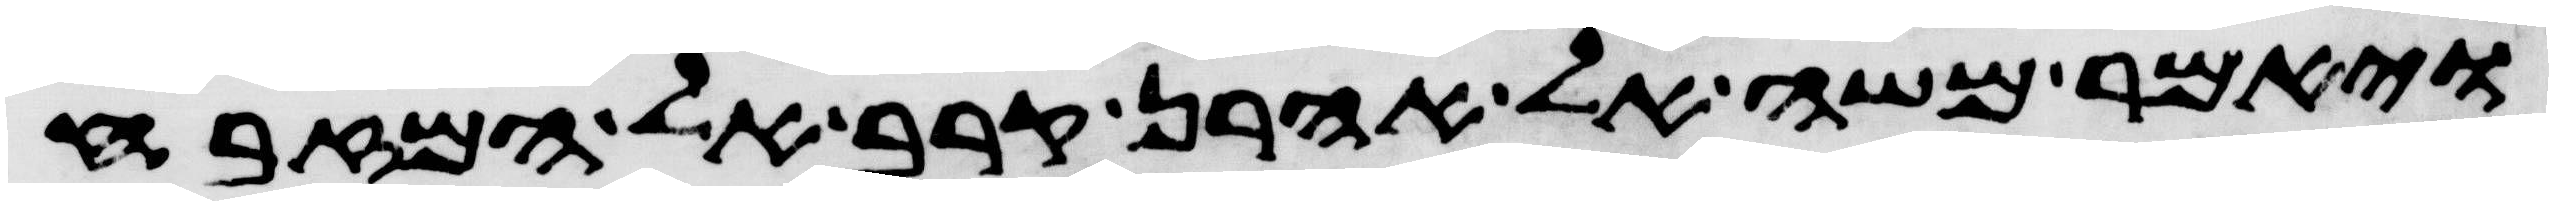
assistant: ויאמר משה אל אהרן קרב אל המזבח